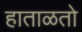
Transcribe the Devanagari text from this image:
हाताळतो